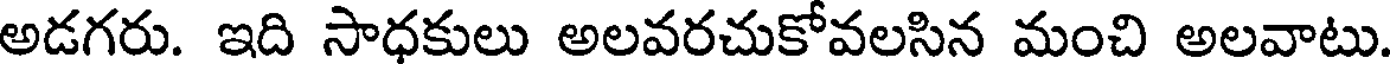
అడగరు. ఇది సాధకులు అలవరచుకోవలసిన మంచి అలవాటు.